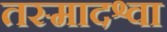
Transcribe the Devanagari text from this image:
तस्मादश्वा